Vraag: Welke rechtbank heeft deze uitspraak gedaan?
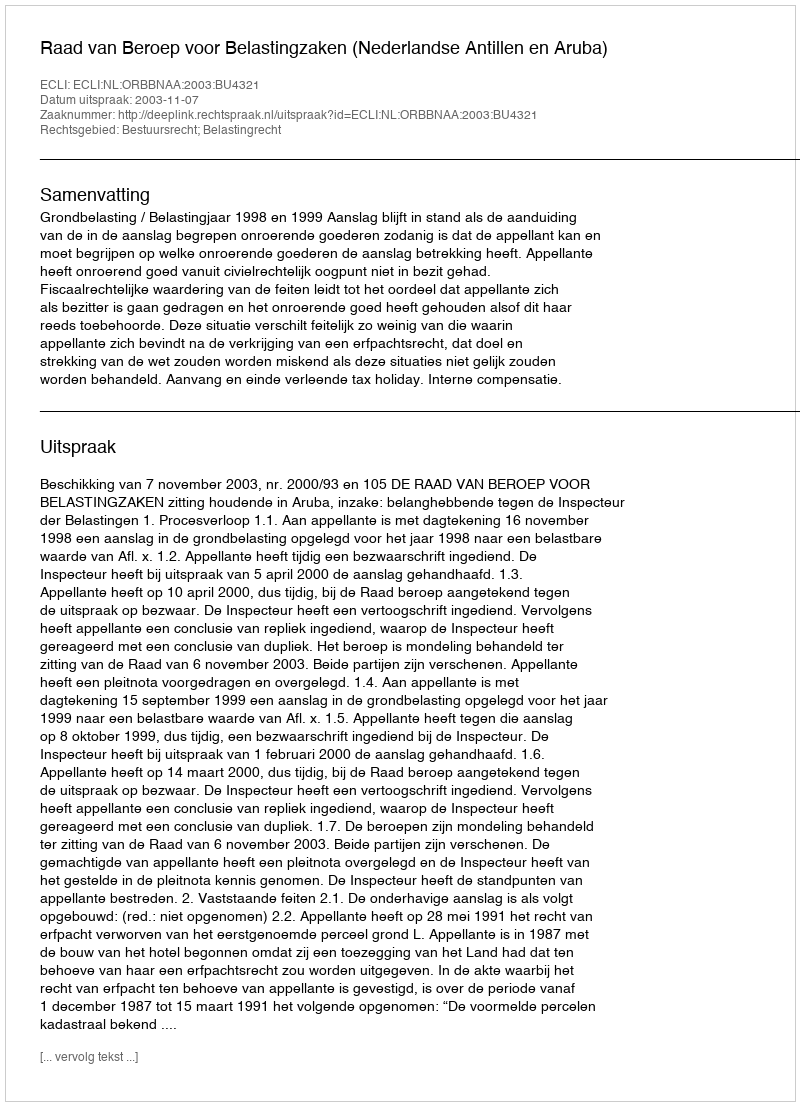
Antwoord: Raad van Beroep voor Belastingzaken (Nederlandse Antillen en Aruba)